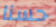
حسنا